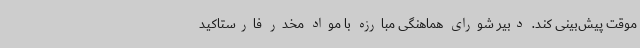
موقت پیش‌بینی کند. دبیر شورای هماهنگی مبارزه با مواد مخدر فارستاکید